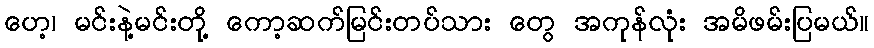
ဟေ့၊ မင်းနဲ့မင်းတို့ ကော့ဆက်မြင်းတပ်သား တွေ အကုန်လုံး အမိဖမ်းပြမယ်။